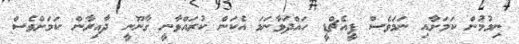
ނިމުމުން ކަމަށާއި ނަމަވެސް ޕީއެޗްޑީ ހައްދަވާނަމަ އެކަން ކުރައްވާނީ ގާނޫނީ ދާއިރާން ކަމަށްވެސް